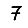
Digit: 7